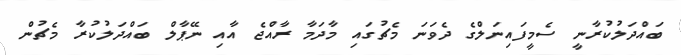
ބައްދަލުކުރާނީ ސެމީފައިނަލްގެ ދެވަނަ މެޗުގައި މާދަމާ ރާއްޖެ އާއި ނޭޕާލް ބައްދަލުކުރާ މެޗުން